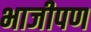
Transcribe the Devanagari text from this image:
भाजीपण